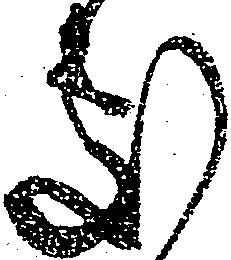
処